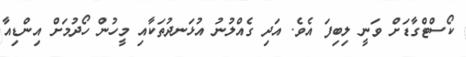
ކޯސްޓްގާޑަށް ވަނީ ލިބިފަ އެވެ. އަދި ގެއްލުނު އުޅަނދުތަކާއި މީހުން ހޯދުމަށް އިންޑިއާ